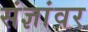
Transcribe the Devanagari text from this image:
संज्ञांवर